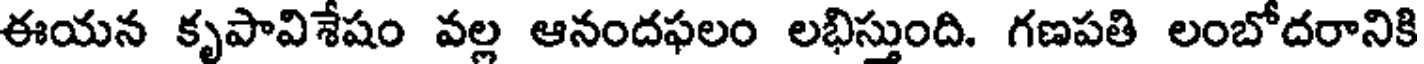
ఈయన కృపావిశేషం వల్ల ఆనందఫలం లభిస్తుంది. గణపతి లంబోదరానికి